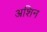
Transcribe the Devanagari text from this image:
अशिन